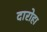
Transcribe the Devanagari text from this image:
दारोहा